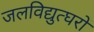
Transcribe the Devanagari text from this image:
जलविद्युत्घरों